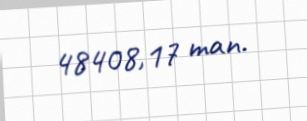
48408,17 man.